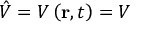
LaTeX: { \hat { V } } = V \left( \mathbf { r } , t \right) = V \,